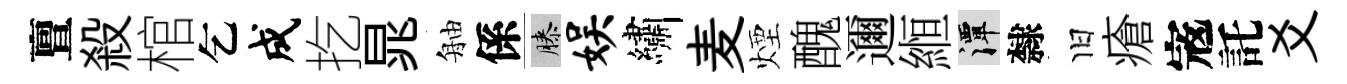
亶殺棺乞成扢晁舳係膝娱繡麦煙醜邇縆潭隸旧瘡𡨥託爻